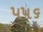
૫૫૬